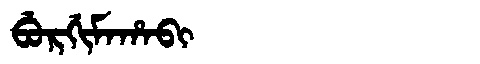
Manchu: ᠪᡠᡵᡤᡳᠮᠠᡥᠠᠪᡳ
Romanization: BURGIMAHABI